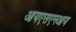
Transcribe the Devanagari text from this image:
आयएसएनआय